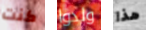
كنت ولدوا هذا